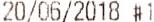
20/06/2018 #1